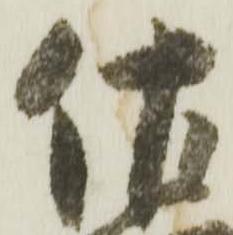
佐